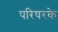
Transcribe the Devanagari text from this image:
परिषरके